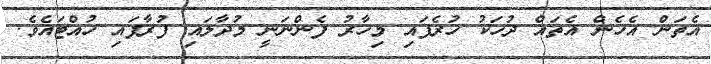
އެތަން އެހެން އެތައް ދުހަކު ހުރެފައި މިހާރު ފެންނަނީ މުދާލައި ފުރާފައި ހުއްޓައެވެ.